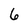
Character: 6